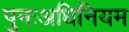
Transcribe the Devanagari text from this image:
पुनःअधिनियम